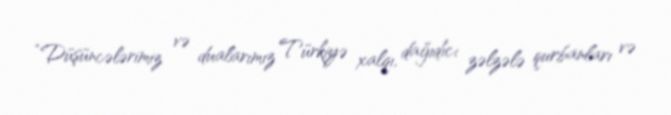
“Düşüncələrimiz və dualarımız Türkiyə xalqı, dağıdıcı zəlzələ qurbanları və